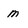
Character: m